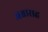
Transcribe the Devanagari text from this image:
अश्वासह